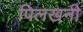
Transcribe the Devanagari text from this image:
पिलखनी